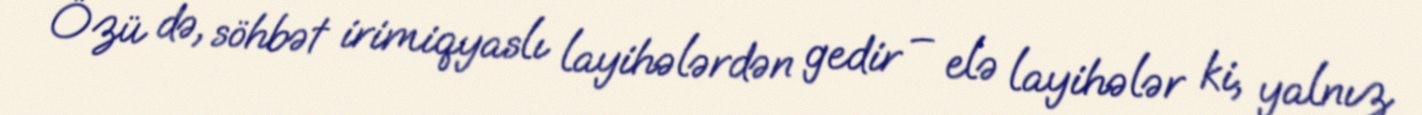
Özü də, söhbət irimiqyaslı layihələrdən gedir – elə layihələr ki, yalnız